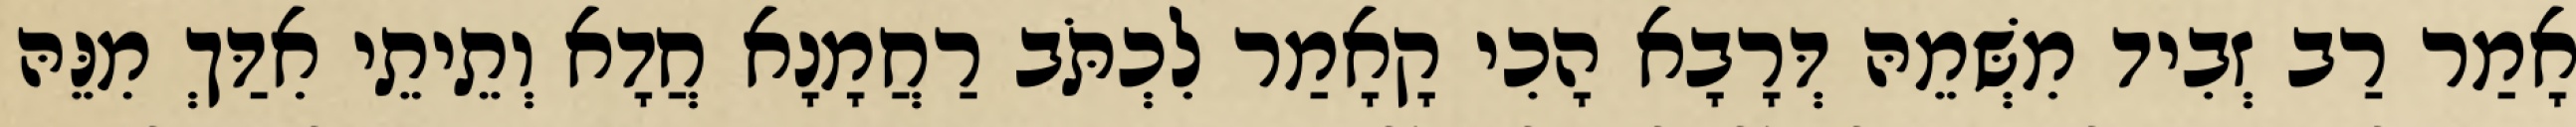
אָמַר רַב זְבִיד מִשְּׁמֵהּ דְּרָבָא הָכִי קָאָמַר לִכְתֹּב רַחֲמָנָא חֲדָא וְתֵיתֵי אִדַּךְ מִנֵּהּ